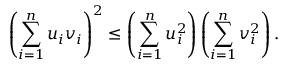
\left( \sum _ { i = 1 } ^ { n } u _ { i } v _ { i } \right) ^ { 2 } \leq \left( \sum _ { i = 1 } ^ { n } u _ { i } ^ { 2 } \right) \left( \sum _ { i = 1 } ^ { n } v _ { i } ^ { 2 } \right) .